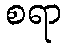
စရာ